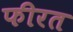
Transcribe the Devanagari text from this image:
फीरत